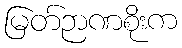
မြတ်ဉာဏစိုးက